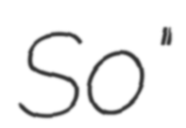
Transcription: So"